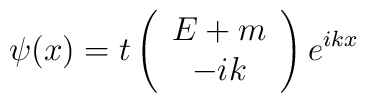
\psi (x)=t\left( \begin{array}{c}E+m \\ -ik\end{array}\right) e^{ikx}